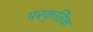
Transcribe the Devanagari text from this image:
परकृतिक